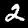
Label: 2